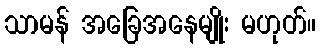
သာမန် အခြေအနေမျိုး မဟုတ်။